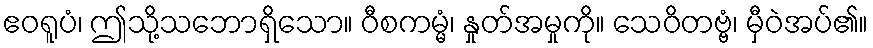
ဧဝရူပံ၊ ဤသို့သဘောရှိသော။ ဝီစကမ္မံ၊ နှုတ်အမှုကို။ သေဝိတဗ္ဗံ၊ မှီဝဲအပ်၏။